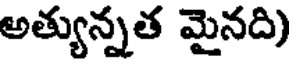
అత్యున్నత మైనది)